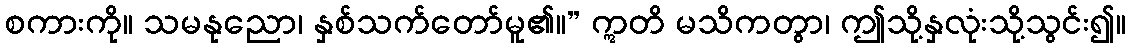
စကားကို။ သမနုညော၊ နှစ်သက်တော်မူ၏။” ဣတိ မသိကတွာ၊ ဤသို့နှလုံးသို့သွင်း၍။